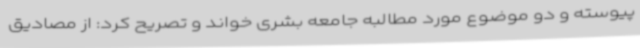
پیوسته و دو موضوع مورد مطالبه جامعه بشری خواند و تصریح کرد: از مصادیق